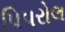
પિપરોલ